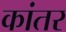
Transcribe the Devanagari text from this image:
कांतर